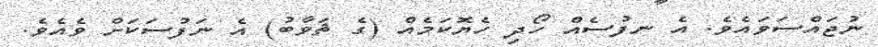
ނުޖައްސަވައެވެ. އެ ނފުސެއް ހޯދި ހެޔޮކަމެއް (ގެ ޘަވާބު) އެ ނަފުސަކަށް ވެއެވެ.